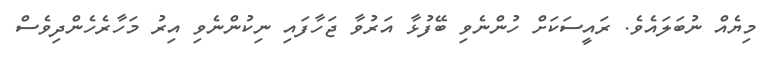
މިޔެއް ނުބަލައެވެ. ރައީސަކަށް ހުންނެވި ބޭފުޅާ އަރުވާ ޖަހާފައި ނިކުންނެވި އިރު މަހާރެހެންދިވެސް